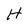
Character: H